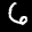
Label: 6